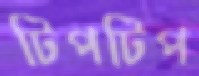
টিপটিপ